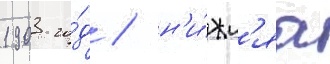
1903 го́д / н'и́жн'яа